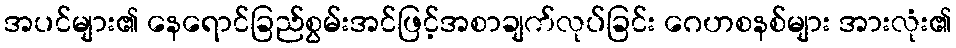
အပင်များ၏ နေရောင်ခြည်စွမ်းအင်ဖြင့်အစာချက်လုပ်ခြင်း ဂေဟစနစ်များ အားလုံး၏